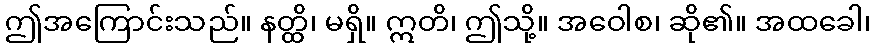
ဤအကြောင်းသည်။ နတ္ထိ၊ မရှိ။ ဣတိ၊ ဤသို့။ အဝေါစ၊ ဆို၏။ အထခေါ၊